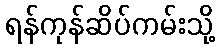
ရန်ကုန်ဆိပ်ကမ်းသို့